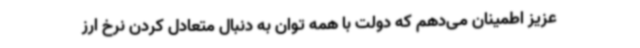
عزیز اطمینان می‌دهم که دولت با همه توان به دنبال متعادل کردن نرخ ارز